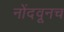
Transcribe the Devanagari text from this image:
नोंदवूनच